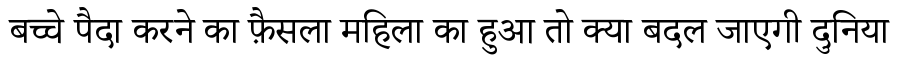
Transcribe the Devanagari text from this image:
बच्चे पैदा करने का फ़ैसला महिला का हुआ तो क्या बदल जाएगी दुनिया